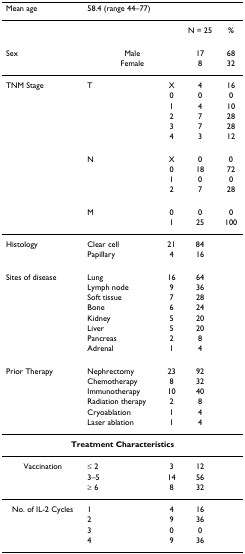
| Mean age | <COLSPAN=4> 58.4 (range 44–77) |
 | --- | --- | --- | --- | --- |
 |  |  |  | N = 25 | % |
 | Sex | <COLSPAN=2> Male | 17 | 68 |
 |  | <COLSPAN=2> Female | 8 | 32 |
 | TNM Stage | T | X | 4 | 16 |
 |  |  | 0 | 0 | 0 |
 |  |  | 1 | 4 | 10 |
 |  |  | 2 | 7 | 28 |
 |  |  | 3 | 7 | 28 |
 |  |  | 4 | 3 | 12 |
 |  | N | X | 0 | 0 |
 |  |  | 0 | 18 | 72 |
 |  |  | 1 | 0 | 0 |
 |  |  | 2 | 7 | 28 |
 |  | M | 0 | 0 | 0 |
 |  |  | 1 | 25 | 100 |
 | Histology | Clear cell | 21 | 84 |  |
 |  | Papillary | 4 | 16 |  |
 | Sites of disease | Lung | 16 | 64 |  |
 |  | Lymph node | 9 | 36 |  |
 |  | Soft tissue | 7 | 28 |  |
 |  | Bone | 6 | 24 |  |
 |  | Kidney | 5 | 20 |  |
 |  | Liver | 5 | 20 |  |
 |  | Pancreas | 2 | 8 |  |
 |  | Adrenal | 1 | 4 |  |
 | Prior Therapy | Nephrectomy | 23 | 92 |  |
 |  | Chemotherapy | 8 | 32 |  |
 |  | Immunotherapy | 10 | 40 |  |
 |  | Radiation therapy | 2 | 8 |  |
 |  | Cryoablation | 1 | 4 |  |
 |  | Laser ablation | 1 | 4 |  |
 | <COLSPAN=5> Treatment Characteristics |
 | Vaccination | ≤ 2 | 3 | 12 |  |
 |  | 3–5 | 14 | 56 |  |
 |  | ≥ 6 | 8 | 32 |  |
 | No. of IL-2 Cycles | 1 | 4 | 16 |  |
 |  | 2 | 9 | 36 |  |
 |  | 3 | 0 | 0 |  |
 |  | 4 | 9 | 36 |  |